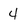
Character: 4